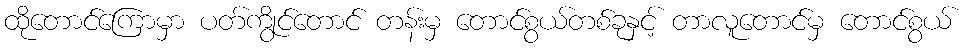
ထိုတောင်ကြောမှာ ပတ်ကွိုင်တောင် တန်းမှ တောင်စွယ်တစ်ခုနှင့် တာလူတောင်မှ တောင်စွယ်